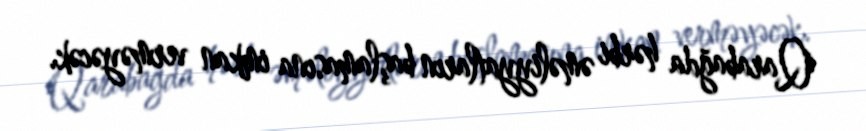
Qarabağda hərbi əməliyyatların başlamasına imkan verməyəcək.